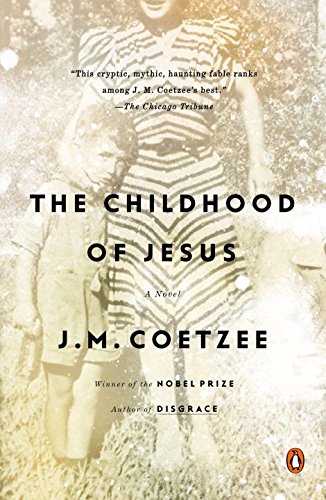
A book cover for The Childhood of Jesus: A Novel; J. M. Coetzee; Literature & Fiction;